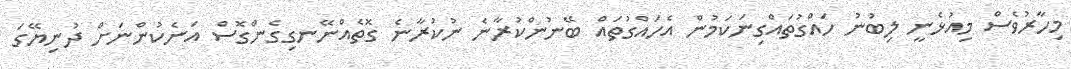
މިހާރުވެސް މިއުޅެނީ ލިބުނު ހައްގުތައްގިނަކަމުން އެހައްގުތައް ބޭނުންކުރާނެ ނުކުރާނެ ގޮތެއްނޭނގިގެންގޮސް އަނެކުންނަށް ދުނިޔޭގަ